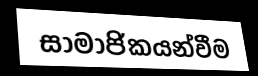
සාමාජිකයන්වීම